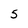
Character: 5